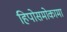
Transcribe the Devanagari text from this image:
हिपोसमोकामा